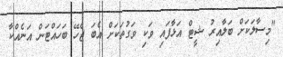
"މިސާލަކަށް ބަލާއިރު ޝީޓް އަޅާފައި ވަކި ވަގުތަކަށް އެބަ ޖެހޭ ބަހައްޓަން އަނެއްކާ